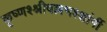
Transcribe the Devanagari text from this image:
कृष्णश्श्रीवल्लभश्शांर्गी